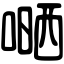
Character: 嗮